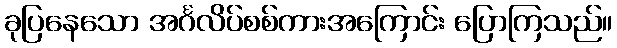
ခုပြနေသော အင်္ဂလိပ်စစ်ကားအကြောင်း ပြောကြသည်။